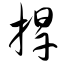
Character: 捍